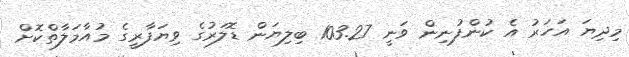
މިދިޔަ އަހަރު އެ ކުންފުނިން ވަނީ 103.27 ބިލިޔަން ޑޮލަރުގެ ވިޔަފާރީގެ މުއާމަލާތްކޮށް